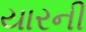
યારની